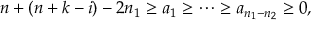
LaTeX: n + ( n + k - i ) - 2 n _ { 1 } \geq a _ { 1 } \geq \cdots \geq a _ { n _ { 1 } - n _ { 2 } } \geq 0 ,